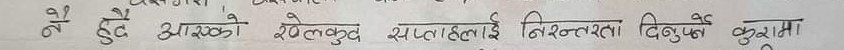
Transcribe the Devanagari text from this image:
नै दुवै आफ्नो खेलकुद सप्ताहलाई निरन्तरता दिनुपर्ने कुरामा